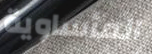
المأساوية